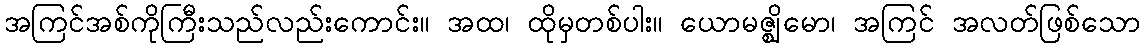
အကြင်အစ်ကိုကြီးသည်လည်းကောင်း။ အထ၊ ထိုမှတစ်ပါး။ ယောမဇ္ဈိမော၊ အကြင် အလတ်ဖြစ်သော